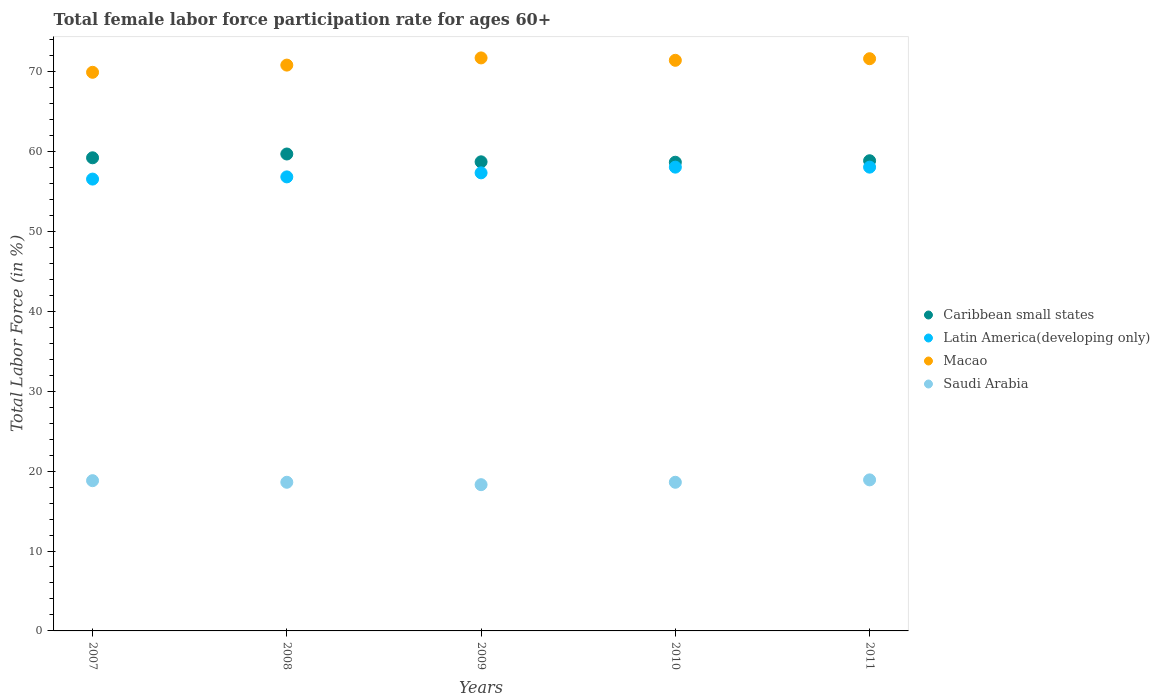
| Years | Caribbean small states | Latin America(developing only) | Macao | Saudi Arabia |
 | --- | --- | --- | --- | --- |
 | 2007 | 59.2 | 56.5 | 69.9 | 18.8 |
 | 2008 | 59.7 | 56.8 | 70.8 | 18.6 |
 | 2009 | 58.7 | 57.3 | 71.7 | 18.3 |
 | 2010 | 58.6 | 58 | 71.4 | 18.6 |
 | 2011 | 58.8 | 58 | 71.6 | 18.9 |